Regulations for the medical services of the Army of India
Year: 1930
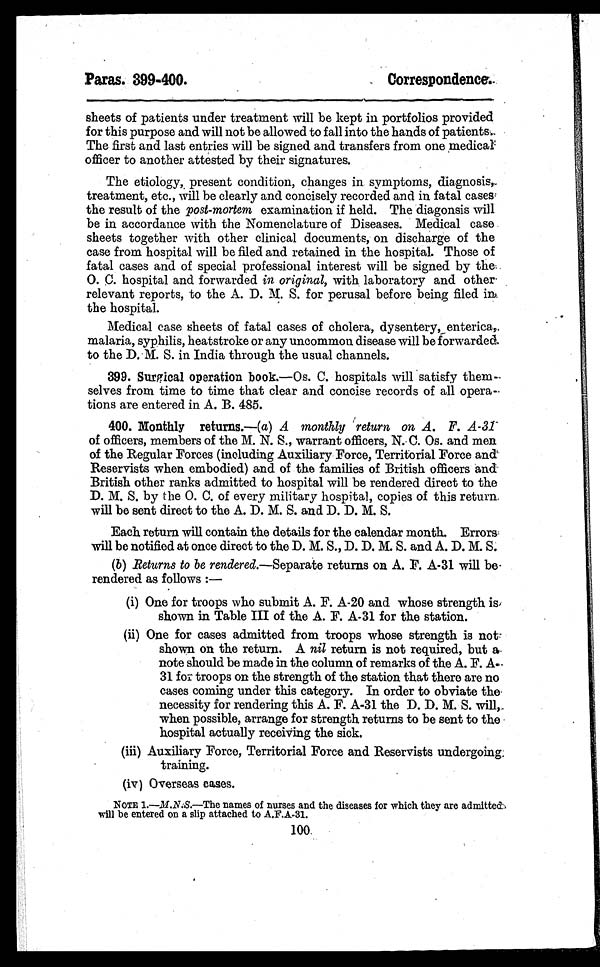
Paras. 399-400.
Correspondence.
sheets of patients under treatment will be kept in portfolios provided
for this purpose and will not be allowed to fall into the hands of patients.
The first and last entries will be signed and transfers from one medical
officer to another attested by their signatures.
The etiology, present condition, changes in symptoms, diagnosis,
treatment, etc., will be clearly and concisely recorded and in fatal cases
the result of the post-mortem examination if held. The diagonsis will
be in accordance with the Nomenclature of Diseases. Medical case
sheets together with other clinical documents, on discharge of the
case from hospital will be filed and retained in the hospital. Those of
fatal cases and of special professional interest will be signed by the
O. C. hospital and forwarded in original, with laboratory and other
relevant reports, to the A. D. M. S. for perusal before being filed in
the hospital.
Medical case sheets of fatal cases of cholera, dysentery, enterica,
malaria, syphilis, heatstroke or any uncommon disease will be forwarded
to the D. M. S. in India through the usual channels.
399. Surgical operation book.—Os. C. hospitals will satisfy them-
selves from time to time that clear and concise records of all opera
tions are entered in A. B. 485.
400. Monthly returns.—(a) A monthly return on A. F. A-31
of officers, members of the M. N. S., warrant officers, N. C. Os. and men
of the Regular Forces (including Auxiliary Force, Territorial Force and
Reservists when embodied) and of the families of British officers and
British other ranks admitted to hospital will be rendered direct to the
D. M. S. by the O. C. of every military hospital, copies of this return
will be sent direct to the A. D. M. S. and D. D. M. S.
Each return will contain the details for the calendar month. Errors
will be notified at once direct to the D. M. S., D. D. M. S. and A. D. M. S.
(b) Returns to be rendered .—Separate returns on A. F. A-31 will be
rendered as follows :—
(i) One for troops who submit A. F. A-20 and whose strength is
shown in Table III of the A. F. A-31 for the station.
(ii) One for cases admitted from troops whose strength is not
shown on the return. A nil return is not required, but a
note should be made in the column of remarks of the A. F. A--
31 for troops on the strength of the station that there are no
cases coming under this category. In order to obviate the
necessity for rendering this A. F. A-31 the D. D. M. S. will,
when possible, arrange for strength returns to be sent to the
hospital actually receiving the sick.
(iii) Auxiliary Force, Territorial Force and Reservists undergoing
training.
(iv) Overseas cases.
NOTE 1.—M.N.S.—The names of nurses and the diseases for which they are admitted
will be entered on a slip attached to A.F.A-31.
100